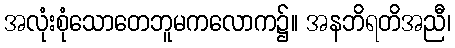
အလုံးစုံသောတေဘူမကလောက၌။ အနဘိရတိအညီ၊